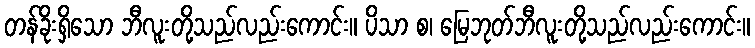
တန်ခိုးရှိသော ဘီလူးတို့သည်လည်းကောင်း။ ပိသာ စ၊ မြေဘုတ်ဘီလူးတို့သည်လည်းကောင်း။